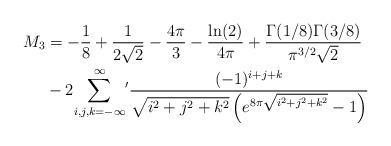
LaTeX: \begin{align*}M_{3} & =-\frac{1}{8}+\frac{1}{2\sqrt{2}}-\frac{4\pi}{3}-\frac{\ln(2)}{4\pi}+\frac{\Gamma(1/8)\Gamma(3/8)}{\pi^{3/2}\sqrt{2}}\\& -2{\displaystyle\sum\limits_{i,j,k=-\infty}^{\infty}}{}^{\prime}\frac{(-1)^{i+j+k}}{\sqrt{i^{2}+j^{2}+k^{2}}\left( e^{8\pi\sqrt{i^{2}+j^{2}+k^{2}}}-1\right) }\end{align*}